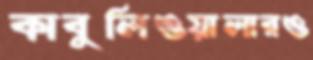
কাবুলিওয়ালারও